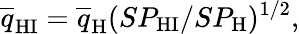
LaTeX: \overline{{q}}_{\mathrm{HI}}=\overline{{q}}_{\mathrm{H}}(SP_{\mathrm{HI}}/SP_{\mathrm{H}})^{1/2},